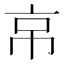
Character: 𢂋